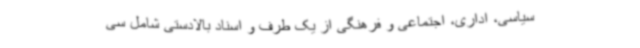
سیاسی، اداری، اجتماعی و فرهنگی از یک طرف و اسناد بالادستی شامل سی